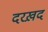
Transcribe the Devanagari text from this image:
दरख़द